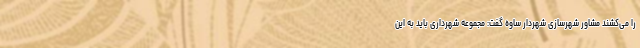
را می‌کشند مشاور شهرسازی شهردار ساوه گفت: مجموعه شهرداری باید به این